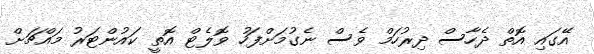
އޭގައި އޮތް ދެހާސް ދިރުހަމް ވެސް ނެގުމަށްފަހު ވޮލެޓް އޮތީ ކައުންޓަރު މައްޗަށް